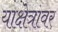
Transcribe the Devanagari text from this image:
याक्षेत्रावर